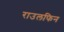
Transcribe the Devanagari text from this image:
राउलफिन